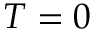
T = 0